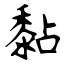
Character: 黏